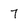
Character: 7